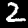
Label: 2